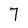
Character: 7